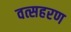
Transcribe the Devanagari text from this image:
वत्सहरण